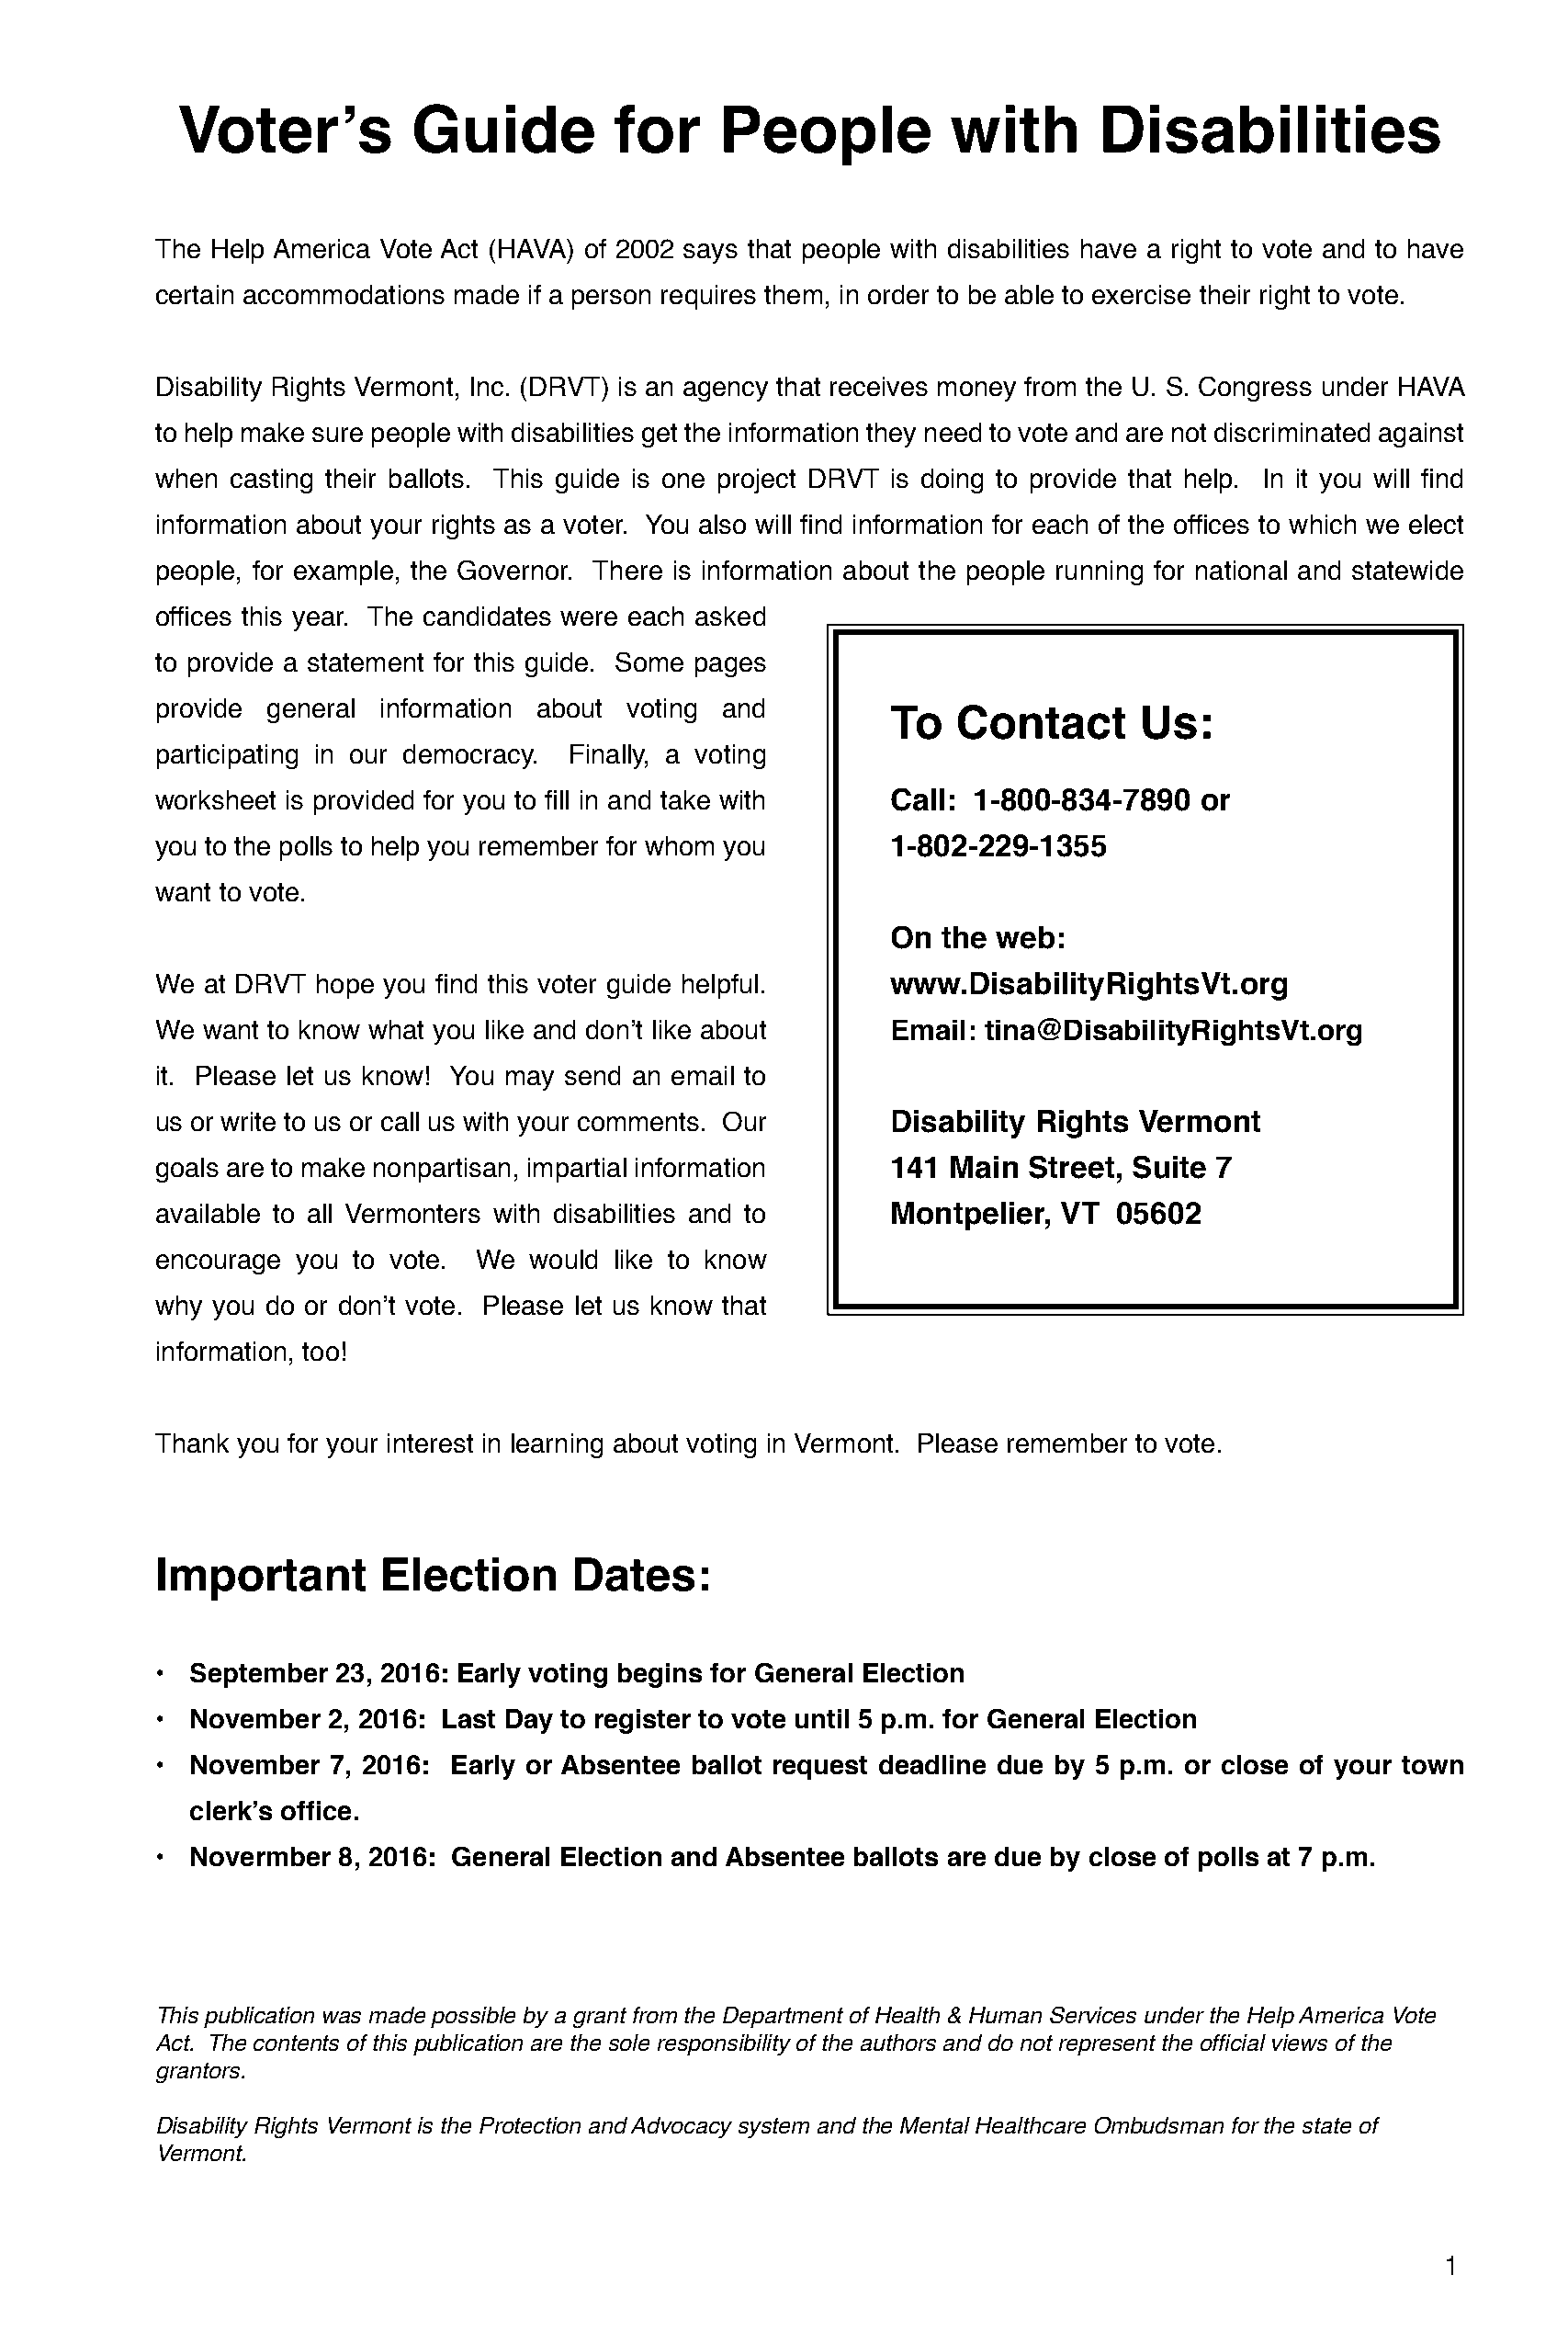
Voter’s          Guide         for     People          with       Disabilities
 The Help America Vote Act (HAVA) of 2002 says that people with disabilities have a right to vote and to have
 certain accommodations made if a person requires them, in order to be able to exercise their right to vote.
 Disability Rights Vermont, Inc. (DRVT) is an agency that receives money from the U. S. Congress under HAVA
 to help make sure people with disabilities get the information they need to vote and are not discriminated against
 when  casting their ballots. This guide is one project DRVT is doing to provide that help. In it you will find
 information about your rights as a voter. You also will find information for each of the offices to which we elect
 people, for example, the Governor. There is information about the people running for national and statewide
 offices this year. The candidates were each asked
 to provide a statement for this guide. Some pages
 provide general information about voting and
 To   Contact      Us:
 participating in our democracy. Finally, a voting
 worksheet is provided for you to fill in and take with Call: 1-800-834-7890 or
 you to the polls to help you remember for whom you   1-802-229-1355
 want to vote.
 On  the web:
 We  at DRVT hope you find this voter guide helpful.  www.DisabilityRightsVt.org
 We  want to know what you like and don’t like about  Email: tina@DisabilityRightsVt.org
 it. Please let us know! You may send an email to
 us or write to us or call us with your comments. Our Disability Rights Vermont
 goals are to make nonpartisan, impartial information 141 Main  Street, Suite 7
 available to all Vermonters with disabilities and to Montpelier, VT  05602
 encourage you to vote. We  would like to know
 why you do or don’t vote. Please let us know that
 information, too!
 Thank you for your interest in learning about voting in Vermont. Please remember to vote.
 Important       Election      Dates:
 •  September 23, 2016: Early voting begins for General Election
 •  November  2, 2016: Last Day to register to vote until 5 p.m. for General Election
 •  November  7, 2016: Early or Absentee ballot request deadline due by 5 p.m. or close of your town
 clerk’s office.
 •  Novermber 8, 2016: General Election and Absentee ballots are due by close of polls at 7 p.m.
 This publication was made possible by a grant from the Department of Health & Human Services under the Help America Vote
 Act. The contents of this publication are the sole responsibility of the authors and do not represent the official views of the
 grantors.
 Disability Rights Vermont is the Protection and Advocacy system and the Mental Healthcare Ombudsman for the state of
 Vermont.
 1